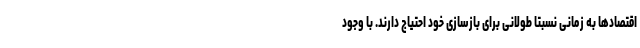
اقتصادها به زمانی نسبتا طولانی برای بازسازی خود احتیاج دارند. با وجود